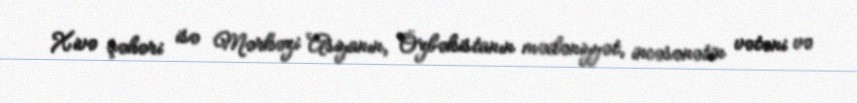
Xivə şəhəri isə Mərkəzi Asiyanın, Özbəkistanın mədəniyyət, incəsənətin vətəni və